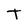
Character: T